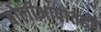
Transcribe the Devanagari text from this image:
बोलीभाषांतही